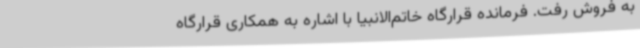
به فروش رفت. فرمانده قرارگاه خاتم‌الانبیا ‌با اشاره به همکاری قرارگاه